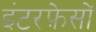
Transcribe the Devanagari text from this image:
इंटरफ़ेसों